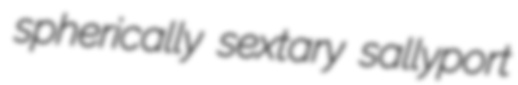
spherically sextary sallyport